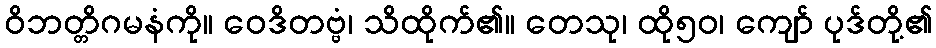
ဝိဘတ္တိဂမနံကို။ ဝေဒိတဗ္ဗံ၊ သိထိုက်၏။ တေသု၊ ထို၅၀၊ ကျော် ပုဒ်တို့၏